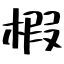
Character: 椵